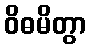
ဝိဓမိတွာ